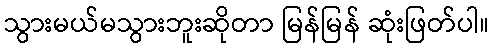
သွားမယ်မသွားဘူးဆိုတာ မြန်မြန် ဆုံးဖြတ်ပါ။